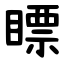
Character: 瞟